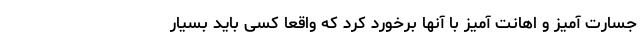
جسارت آمیز و اهانت آمیز با آنها برخورد کرد که واقعا کسی باید بسیار